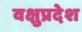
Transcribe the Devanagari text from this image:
वक्षुप्रदेश